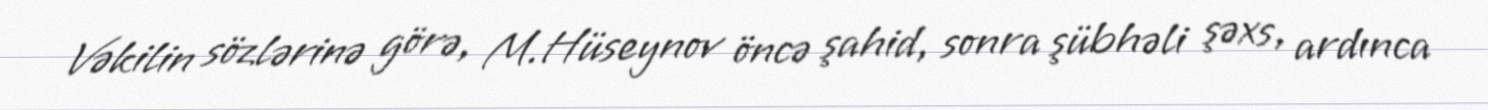
Vəkilin sözlərinə görə, M.Hüseynov öncə şahid, sonra şübhəli şəxs, ardınca